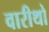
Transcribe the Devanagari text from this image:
वारीथो